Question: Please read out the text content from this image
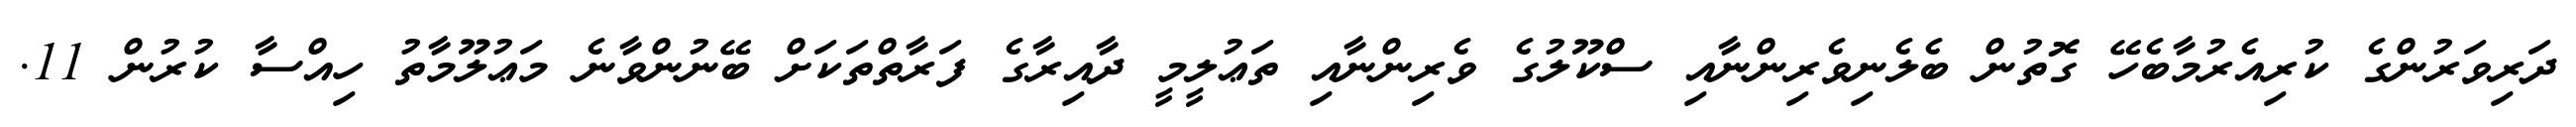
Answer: ދަރިވަރުންގެ ކުރިއެރުމާބެހޭ ގޮތުން ބެލެނިވެރިންނާއި ސްކޫލުގެ ވެރިންނާއި ތަޢުލީމީ ދާއިރާގެ ފަރާތްތަކަށް ބޭނުންވާނެ މަޢުލޫމާތު ހިއްސާ ކުރުން 11.